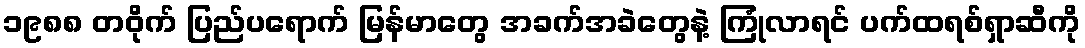
၁၉၈၈ တဝိုက် ပြည်ပရောက် မြန်မာတွေ အခက်အခဲတွေနဲ့ ကြုံလာရင် ပက်ထရစ်ရှာဆီကို